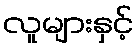
လူများနှင့်